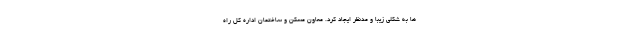
ها به شکلی زیبا و مدنظر ایجاد کرد. معاون مسکن و ساختمان اداره کل راه